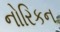
નોરિકન